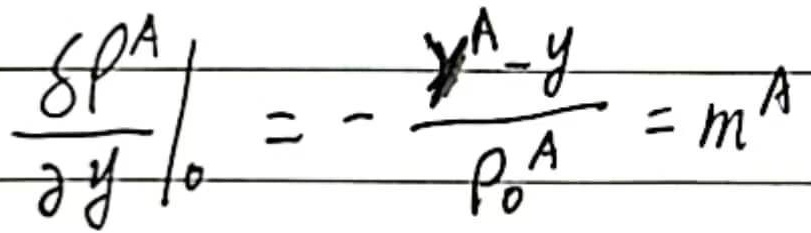
\(\left.\frac{\delta p^{A}}{\partial y}\right|_{0}=-\frac{y^{A}-y}{p_{0}^{A}}=m^{A}\)